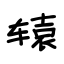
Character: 辕